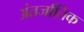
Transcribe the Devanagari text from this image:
अंतर्जातिक